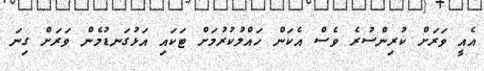
އެއީ ވަރަށް ކުރިންސުރެ ވެސް އެކަން ހައްލުކުރުމަށް ޓަކައި އަޅުގަނޑުމެން ވަރަށް ގިނަ